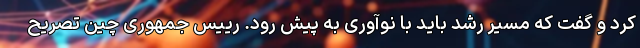
کرد و گفت که مسیر رشد باید با نوآوری به پیش رود. رییس جمهوری چین تصریح